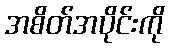
အစိတ်အပိုင်းကို